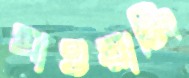
যাওয়ালি